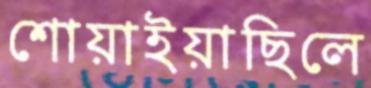
শোয়াইয়াছিলে